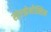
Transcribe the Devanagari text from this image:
सोल्झेनीत्सिन